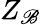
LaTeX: Z_{\mathscr{B}}